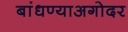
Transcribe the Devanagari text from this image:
बांधण्याअगोदर